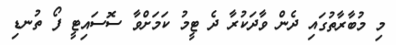
މި މުބާރާތުގައި ދެން ވާދަކުރާ ދެ ޓީމު ކަމަށްވާ ސޮސައިޓީ ފޯ ތުނޑި